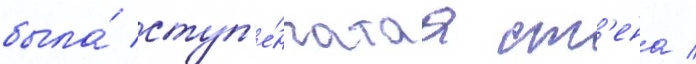
была́ ступ'е́нчатаа ст'ена /